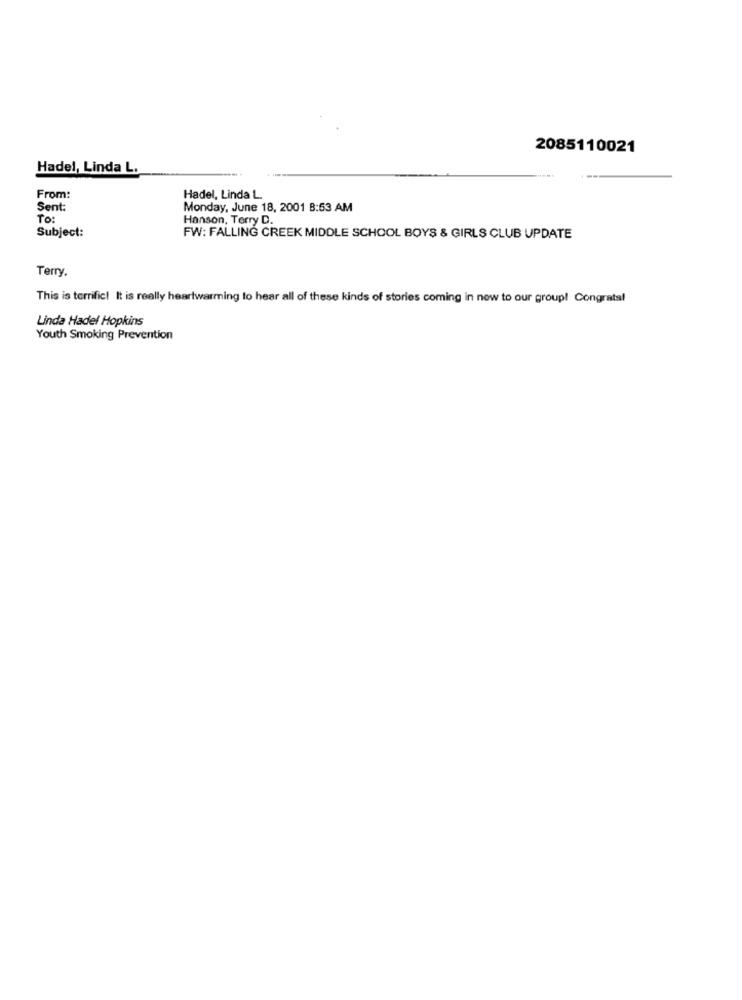
2085110021
Hadel, Linda L.
From:
Hadel, Linda L
Sent:
Monday, June 18, 2001 8:53 AM
To:
Hanson, Terry D.
Subject:
FW: FALLING CREEK MIDDLE SCHOOL BOYS & GIRLS CLUB UPDATE
Terry.
This is terrific! It is really heartwarming to hear all of these kinds of stories coming in new to our group! Congrats!
Linda Hadel Hopkins
Youth Smoking Prevention